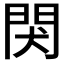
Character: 𬮇